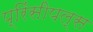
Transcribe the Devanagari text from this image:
प्रिंसीपल्स